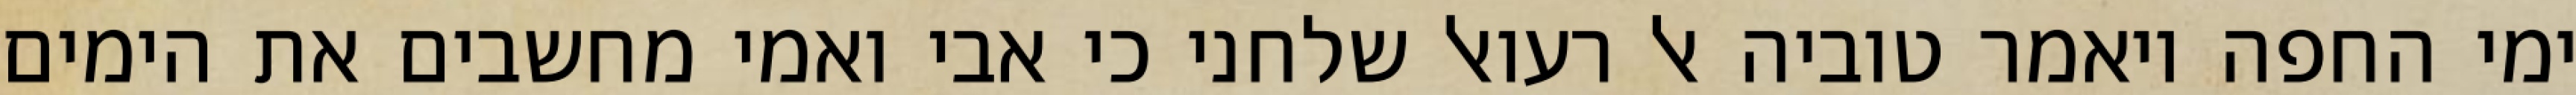
ימי החפה ויאמר טוביה אל רעואל שלחני כי אבי ואמי מחשבים את הימים